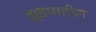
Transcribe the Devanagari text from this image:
झुडपातील